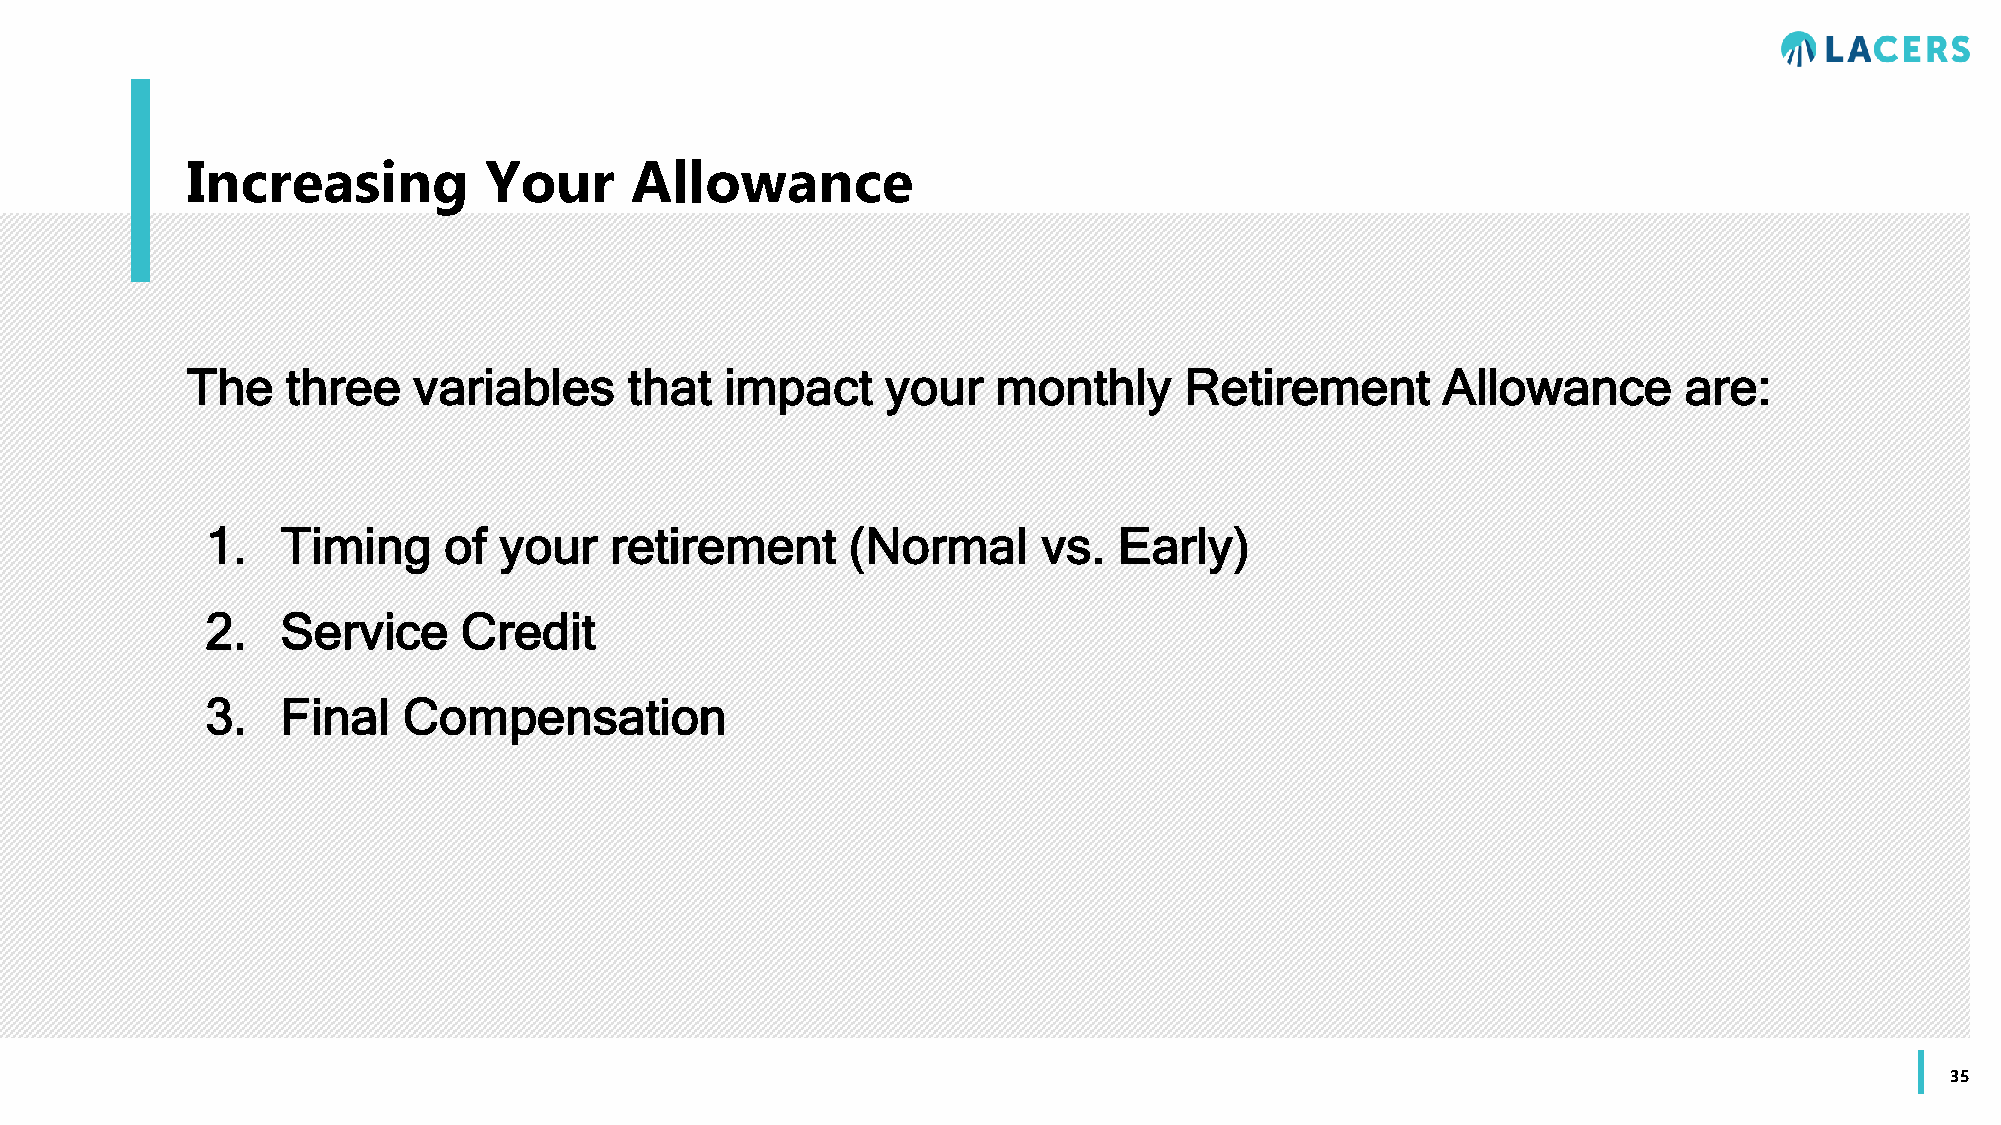
Increasing          Your      Allowance
 The    three   variables      that  impact     your   monthly     Retirement       Allowance       are:
 1.   Timing    of  your   retirement      (Normal      vs.  Early)
 2.   Service    Credit
 3.   Final   Compensation
 35